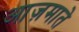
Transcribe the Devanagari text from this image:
आज़माते